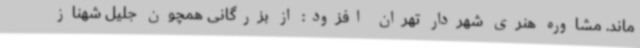
ماند. مشاوره هنری شهردار تهران افزود: از بزرگانی همچون جلیل شهناز